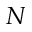
N